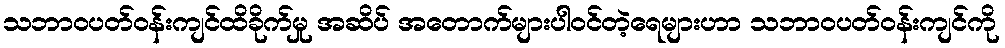
သဘာဝပတ်ဝန်းကျင်ထိခိုက်မှု အဆိပ် အတောက်များပါဝင်တဲ့ရေများဟာ သဘာဝပတ်ဝန်းကျင်ကို